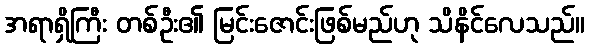
အရာရှိကြီး တစ်ဦး၏ မြင်းဇောင်းဖြစ်မည်ဟု သိနိင်လေသည်။